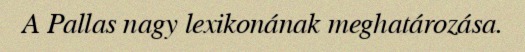
A Pallas nagy lexikonának meghatározása.